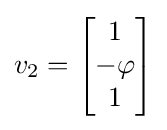
v_{2}=\left[{\begin{matrix}1\\-\varphi \\1\\\end{matrix}}\right]